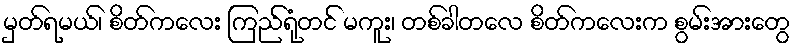
မှတ်ရမယ်၊ စိတ်ကလေး ကြည်ရုံတင် မကူး၊ တစ်ခါတလေ စိတ်ကလေးက စွမ်းအားတွေ